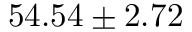
5 4 . 5 4 \pm 2 . 7 2